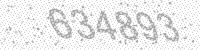
Solution: 634893